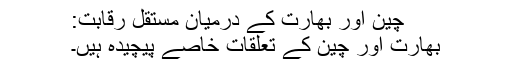
چین اور بھارت کے درمیان مستقل رقابت:
بھارت اور چین کے تعلقات خاصے پیچیدہ ہیں۔